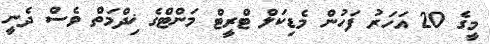
މީގެ 20 އަހަރު ފަހުން މެޑިކަލް ޓްރީޓް މަންޓްގެ ޚިދްމަތް ވެސް ދެނީ